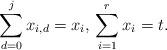
LaTeX: \begin{align*}\sum_{d = 0}^j x_{i,d} = x_i,\,\sum_{i=1}^r x_i = t.\end{align*}